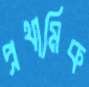
প্রথামিক